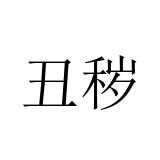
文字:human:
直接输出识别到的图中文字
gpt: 丑秽